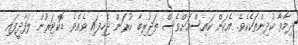
ދިމާވާ ކުދިންތަކެކެވެ. އެކަން ކަައިސްއަށްވެސް ތަޖުރިބާ ކުރަން ޖެހިފައި ވެއެވެ. ޑޮކްޓަރުން ލަފާދީފައި